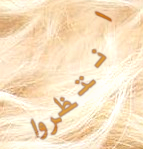
انتظروا